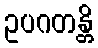
ဥပဂတန္တိ